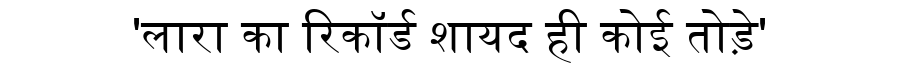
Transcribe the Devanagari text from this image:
'लारा का रिकॉर्ड शायद ही कोई तोड़े'